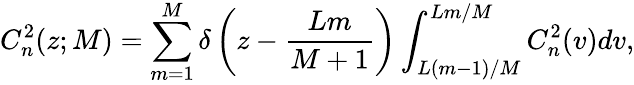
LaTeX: C_{n}^{2}(z;M)=\sum_{m=1}^{M}\delta\left(z-\frac{Lm}{M+1}\right)\int_{L(m-1)/M}^{Lm/M}C_{n}^{2}(v)dv,